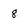
Character: 8